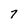
Character: 7